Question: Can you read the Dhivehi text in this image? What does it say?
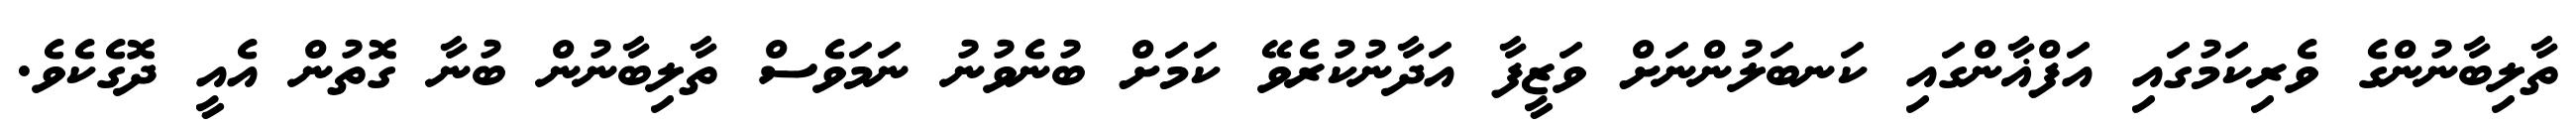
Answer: ތާލިބާނުންގެ ވެރިކަމުގައި އަފްޣާންގައި ކަނބަލުންނަށް ވަޒީފާ އަދާނުކުރެވޭ ކަމަށް ބުނެވުނު ނަމަވެސް ތާލިބާނުން ބުނާ ގޮތުން އެއީ ދޮގެކެވެ.